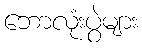
ဘောလုံးပွဲများ